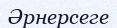
Әрнерсеге